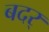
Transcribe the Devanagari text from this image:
बदर्